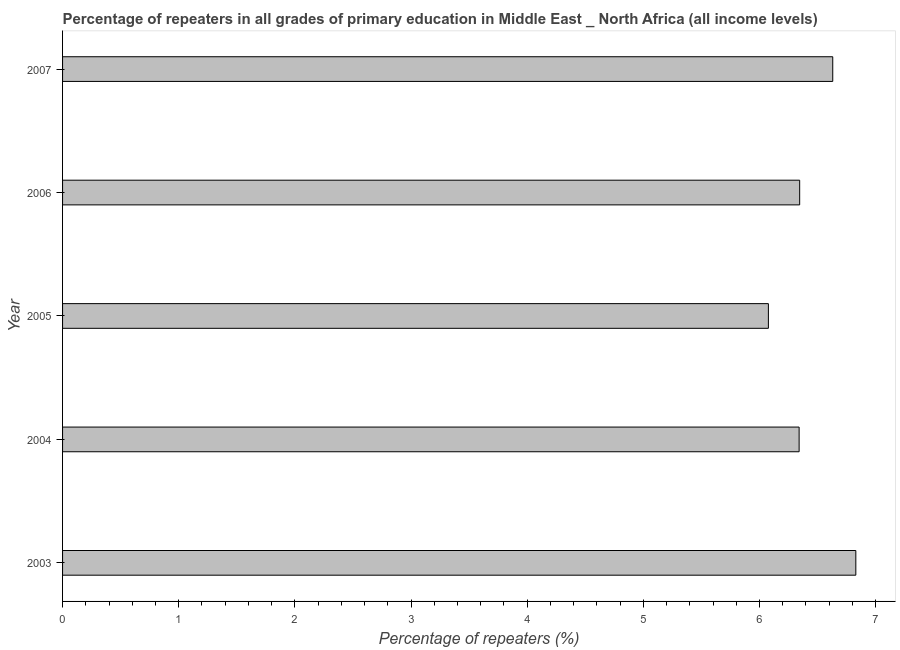
| Year | Repeaters in primary education |
 | --- | --- |
 | 2003 | 6.83 |
 | 2004 | 6.34 |
 | 2005 | 6.08 |
 | 2006 | 6.35 |
 | 2007 | 6.63 |